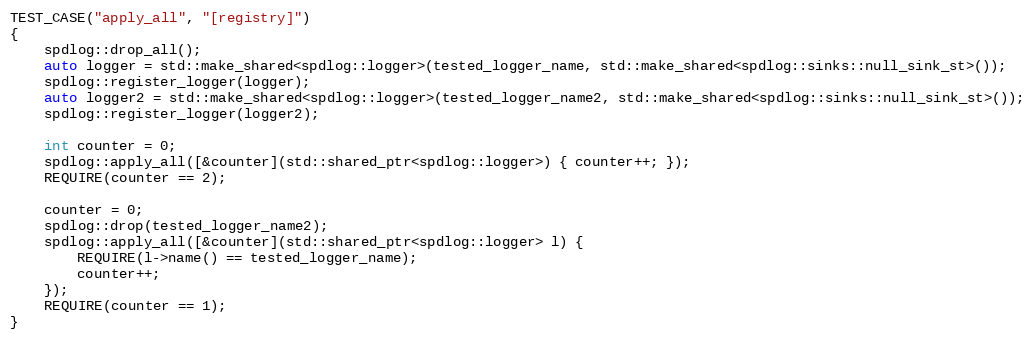
Language: C++
TEST_CASE("apply_all", "[registry]")
{
    spdlog::drop_all();
    auto logger = std::make_shared<spdlog::logger>(tested_logger_name, std::make_shared<spdlog::sinks::null_sink_st>());
    spdlog::register_logger(logger);
    auto logger2 = std::make_shared<spdlog::logger>(tested_logger_name2, std::make_shared<spdlog::sinks::null_sink_st>());
    spdlog::register_logger(logger2);

    int counter = 0;
    spdlog::apply_all([&counter](std::shared_ptr<spdlog::logger>) { counter++; });
    REQUIRE(counter == 2);

    counter = 0;
    spdlog::drop(tested_logger_name2);
    spdlog::apply_all([&counter](std::shared_ptr<spdlog::logger> l) {
        REQUIRE(l->name() == tested_logger_name);
        counter++;
    });
    REQUIRE(counter == 1);
}